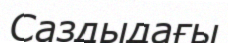
Саздыдағы